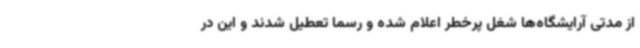
از مدتی آرایشگاه‌ها شغل پرخطر اعلام شده و رسما تعطیل شدند و این در